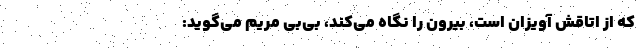
که از اتاقش آویزان است، بیرون را نگاه می‌کند، بی‌بی مریم می‌گوید: